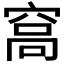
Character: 𥦮